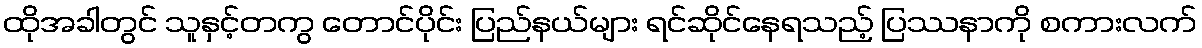
ထိုအခါတွင် သူနှင့်တကွ တောင်ပိုင်း ပြည်နယ်များ ရင်ဆိုင်နေရသည့် ပြဿနာကို စကားလက်